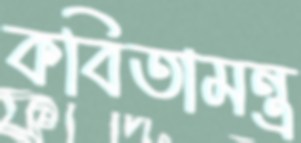
কবিতামন্ত্র